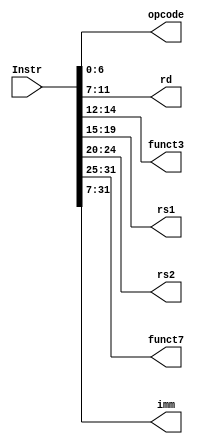
module instruction_fetch(
		output [6:0] opcode, 
		output [11:7] rd, 
		output [14:12] funct3,
		output [19:15] rs1,
		output [24:20] rs2,
		output [31:25] funct7,
		output [31:7] imm,
		input [31:0] Instr);
	assign opcode=Instr[6:0];
	assign rd=Instr[11:7];
	assign funct3=Instr[14:12];
	assign rs1=Instr[19:15];
	assign rs2=Instr[24:20];
	assign funct7=Instr[31:25];
	assign imm=Instr[31:7];
	
endmodule